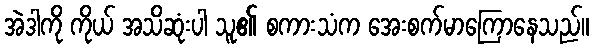
အဲဒါကို ကိုယ် အသိဆုံးပါ သူ၏ စကားသံက အေးစက်မာကြောနေသည်။